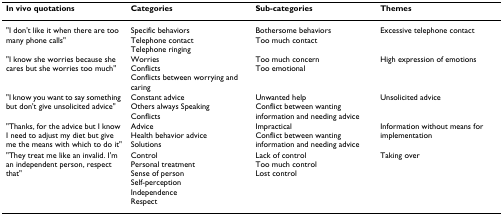
<table><thead><tr><td><b>In vivo quotations</b></td><td><b>Categories</b></td><td><b>Sub-categories</b></td><td><b>Themes</b></td></tr></thead><tbody><tr><td>&quot;I don&#x27;t like it when there are too many phone calls&quot;</td><td>Specific behaviorsTelephone contactTelephone ringing</td><td>Bothersome behaviorsToo much contact</td><td>Excessive telephone contact</td></tr><tr><td>&quot;I know she worries because she cares but she worries too much&quot;</td><td>WorriesConflictsConflicts between worrying and caring</td><td>Too much concernToo emotional</td><td>High expression of emotions</td></tr><tr><td>&quot;I know you want to say something but don&#x27;t give unsolicited advice&quot;</td><td>Constant adviceOthers always SpeakingConflicts</td><td>Unwanted helpConflict between wanting information and needing advice</td><td>Unsolicited advice</td></tr><tr><td>&quot;Thanks, for the advice but I know I need to adjust my diet but give me the means with which to do it&quot;</td><td>AdviceHealth behavior adviceSolutions</td><td>ImpracticalConflict between wanting information and needing advice</td><td>Information without means for implementation</td></tr><tr><td>&quot;They treat me like an invalid. I&#x27;m an independent person, respect that&quot;</td><td>ControlPersonal treatmentSense of personSelf-perceptionIndependenceRespect</td><td>Lack of controlToo much controlLost control</td><td>Taking over</td></tr></tbody></table>